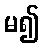
မ၍